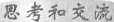
思考和交流